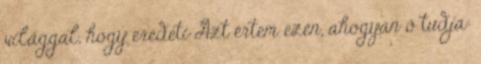
világgal, hogy eredeti Azt értem ezen, ahogyan ő tudja: